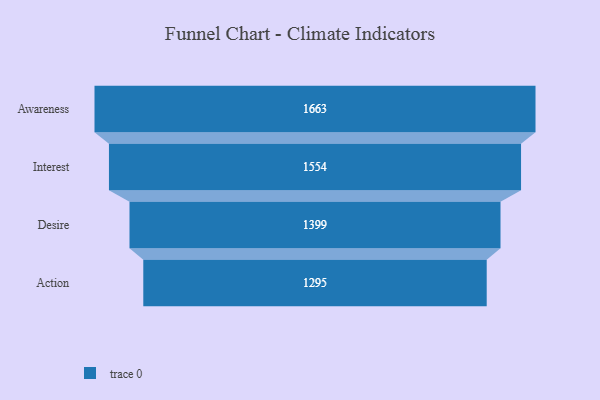
{"axis": {"x": "Stage", "y": "Value"}, "legend": [""], "data": [{"x": "Awareness", "y": 1663.0, "type": ""}, {"x": "Interest", "y": 1554.0, "type": ""}, {"x": "Desire", "y": 1399.0, "type": ""}, {"x": "Action", "y": 1295.0, "type": ""}]}